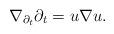
LaTeX: \begin{align*}\nabla_{\partial_t}\partial_t=u\nabla u.\end{align*}